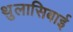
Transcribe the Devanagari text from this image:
थुलासिबाई